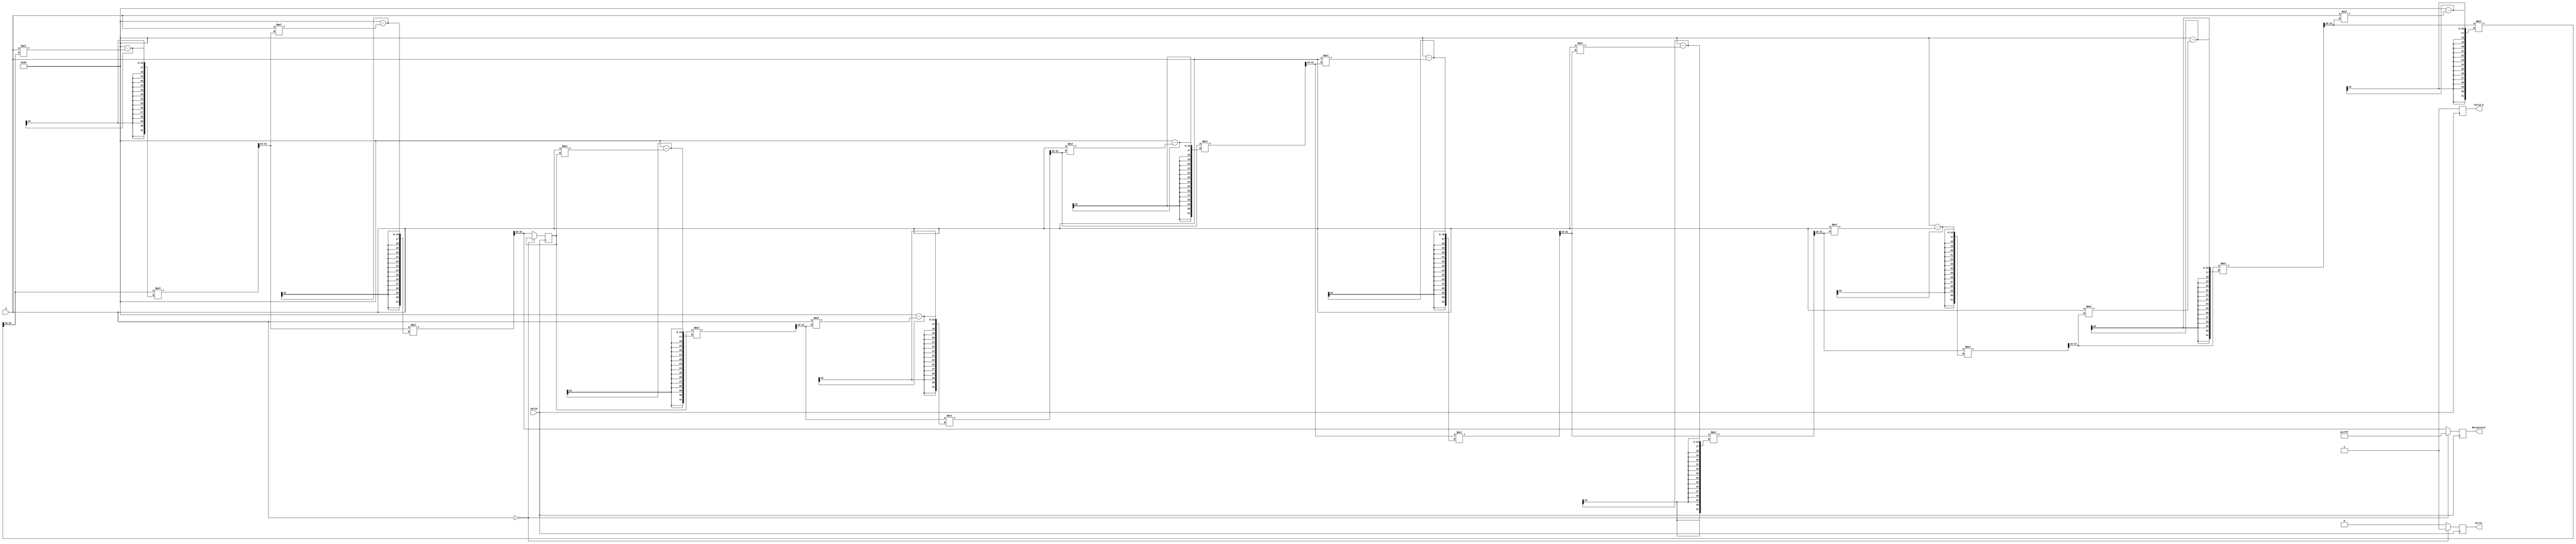
module BitwiseReciprocal #(
    parameter N = 16 // Width of the input and output
)(
    input  wire [N-1:0] A,      // Input number
    input  wire Valid,           // Input valid signal
    output reg [N-1:0] Reciprocal, // Calculated reciprocal
    output reg Valid_O,          // Output valid signal
    output reg Error             // Error signal
);

    reg [N-1:0] guess;           // Initial guess for the reciprocal
    reg [N-1:0] temp;            // Temporary variable for calculations
    integer i;                   // Loop variable
    localparam MAX_VAL = {1'b0, {N-1{1'b1}}}; // Maximum representable value
    localparam MAX_ITER = 10;    // Maximum number of iterations

    always @(posedge Valid) begin
        // Initial checks
        if (A == 0) begin
            // Handle division by zero
            Reciprocal <= MAX_VAL;
            Error <= 1'b1;
            Valid_O <= 1'b1;
        end else begin
            // Clear error and valid output
            Error <= 1'b0;
            Valid_O <= 1'b0;

            // Initial guess for the reciprocal
            guess <= MAX_VAL / A; // Simple approximation

            // Iterative refinement using Newton-Raphson method
            for (i = 0; i < MAX_ITER; i = i + 1) begin
                temp = A * guess; // Calculate A * guess
                guess = guess * (2*N - temp) >> N; // Update guess
            end
            
            // Final assignment
            Reciprocal <= guess;
            Valid_O <= 1'b1; // Indicate that output is valid
        end
    end
endmodule